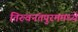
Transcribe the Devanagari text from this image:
तिरुवनंतपुरममध्ये